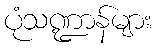
ပုံသဏ္ဍာန်များ